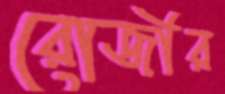
রোজীর